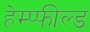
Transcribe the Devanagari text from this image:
हेम्प्फील्ड